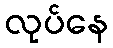
လုပ်နေ